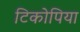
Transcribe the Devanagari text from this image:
टिकोपिया